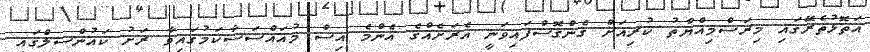
އަތޮޅުތެރޭގައި މިރަސްމިއްޔާތު ކުރިއަށް ގެންގޮސްފައިވަނީ އެރަށެއްގެ އެންމެ އިސް މުއައްސަސާކަމުގައިވާ ރަށު ކައުންސިލްގައި